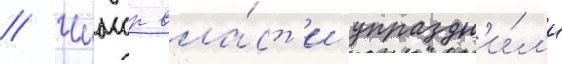
// Чиасср вла́ст'и упраздн'и́л'и